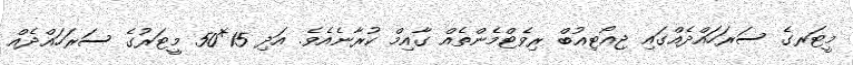
މީޓަރގެ ސަރަހައްދެއްގައި ޖިއޯޓިއުބް ރިވެޓްމެންތެއް ގާއިމް ކުރާނެއެވެ. އަދި 15*50 މީޓަރުގެ ސަރަހައްދެއް